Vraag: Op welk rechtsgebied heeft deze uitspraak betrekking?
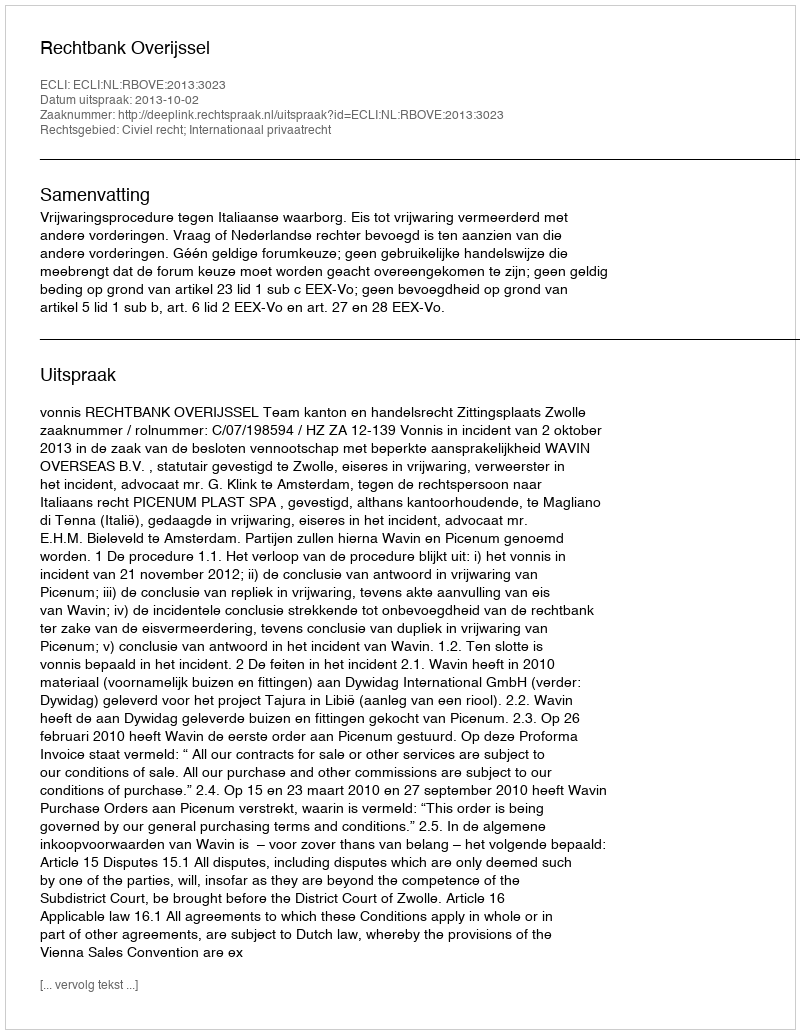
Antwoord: Civiel recht; Internationaal privaatrecht